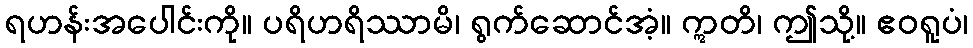
ရဟန်းအပေါင်းကို။ ပရိဟရိဿာမိ၊ ရွက်ဆောင်အံ့။ ဣတိ၊ ဤသို့။ ဧဝရူပံ၊